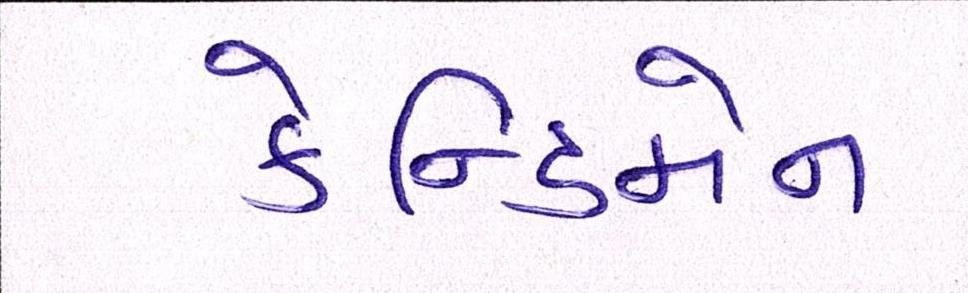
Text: કેન્ડિમેન